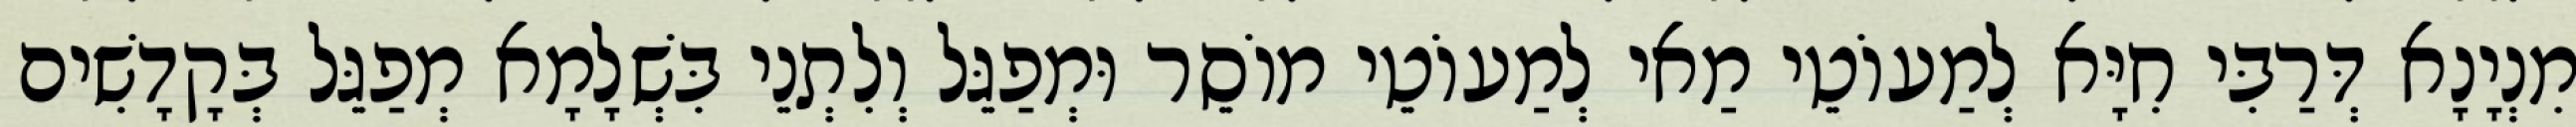
מִנְיָנָא דְּרַבִּי חִיָּא לְמַעוֹטֵי מַאי לְמַעוֹטֵי מוֹסֵר וּמְפַגֵּל וְלִתְנֵי בִּשְׁלָמָא מְפַגֵּל בְּקָדָשִׁים